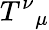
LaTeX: T^{\nu}{}_{\mu}